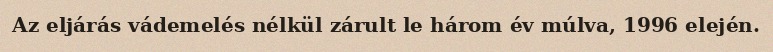
Az eljárás vádemelés nélkül zárult le három év múlva, 1996 elején.